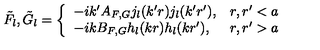
\tilde { F } _ { l } , \tilde { G } _ { l } = \left\{ \begin{array} { l l } { - i k ^ { \prime } A _ { F , G } j _ { l } ( k ^ { \prime } r ) j _ { l } ( k ^ { \prime } r ^ { \prime } ) , } & { r , r ^ { \prime } < a } \\ { - i k B _ { F , G } h _ { l } ( k r ) h _ { l } ( k r ^ { \prime } ) , } & { r , r ^ { \prime } > a } \\ \end{array} \right.